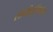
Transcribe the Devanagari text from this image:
सोयीसुविधांना